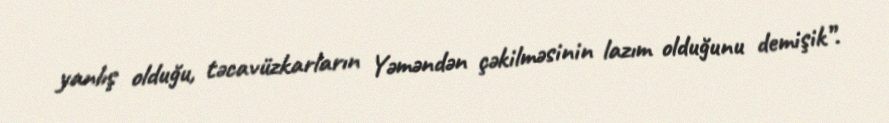
yanlış olduğu, təcavüzkarların Yəməndən çəkilməsinin lazım olduğunu demişik”.